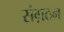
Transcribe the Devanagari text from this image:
संग़ठन